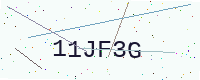
Text: 11JF3G